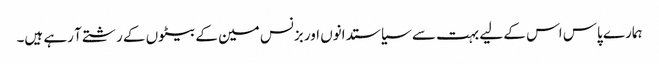
ہمارے پاس اس کے لیے بہت سے سیاستدانوں اور بزنس مین کے بیٹوں کے رشتے آ رہے ہیں۔